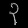
Digit: ၃